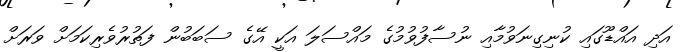
އަދި އައްޑޫގައި ކުނިގިނަވުމާއި ނުސާފުވުމުގެ މައްސަލަ އަކީ އޭގެ ސަބަބުން ފަތުރުވެރިކަމަށް ވަރަށް